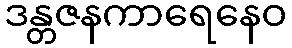
ဒန္တဇနကာရေနေဝ